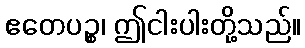
ဧတေပဉ္စ၊ ဤငါးပါးတို့သည်။